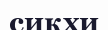
сиқхи